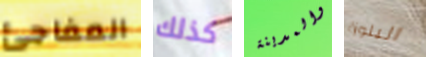
المفاجئ كذلك والمدينة البلوزة